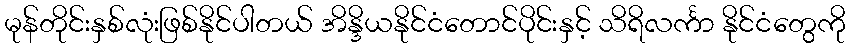
မုန်တိုင်းနှစ်လုံးဖြစ်နိုင်ပါတယ် အိန္ဒိယနိုင်ငံတောင်ပိုင်းနှင့် သိရိလင်္ကာ နိုင်ငံတွေကို